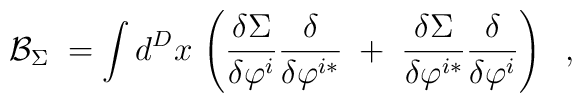
\mathcal{B}_\Sigma \;=\int d^Dx\,\left( \frac{\delta \Sigma }{\delta \varphi^i}\frac \delta {\delta \varphi ^{i*}}\;+\;\frac{\delta \Sigma }{\delta\varphi ^{i*}}\frac \delta {\delta \varphi ^i}\right) \;\;,